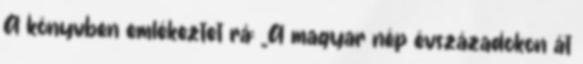
A könyvben emlékeztet rá: „A magyar nép évszázadokon át